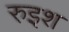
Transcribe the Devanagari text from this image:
रुइश